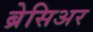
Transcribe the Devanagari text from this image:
ब्रेसिअर